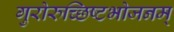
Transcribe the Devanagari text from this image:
गुरोरुच्छिष्टभोजनम्